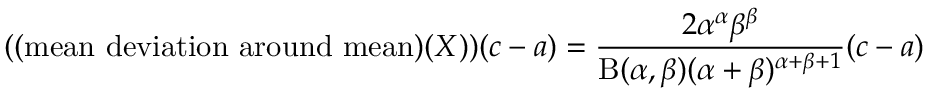
( { \mathrm { ( m e a n ~ d e v i a t i o n ~ a r o u n d ~ m e a n ) } } ( X ) ) ( c - a ) = { \frac { 2 \alpha ^ { \alpha } \beta ^ { \beta } } { \mathrm { B } ( \alpha , \beta ) ( \alpha + \beta ) ^ { \alpha + \beta + 1 } } } ( c - a )